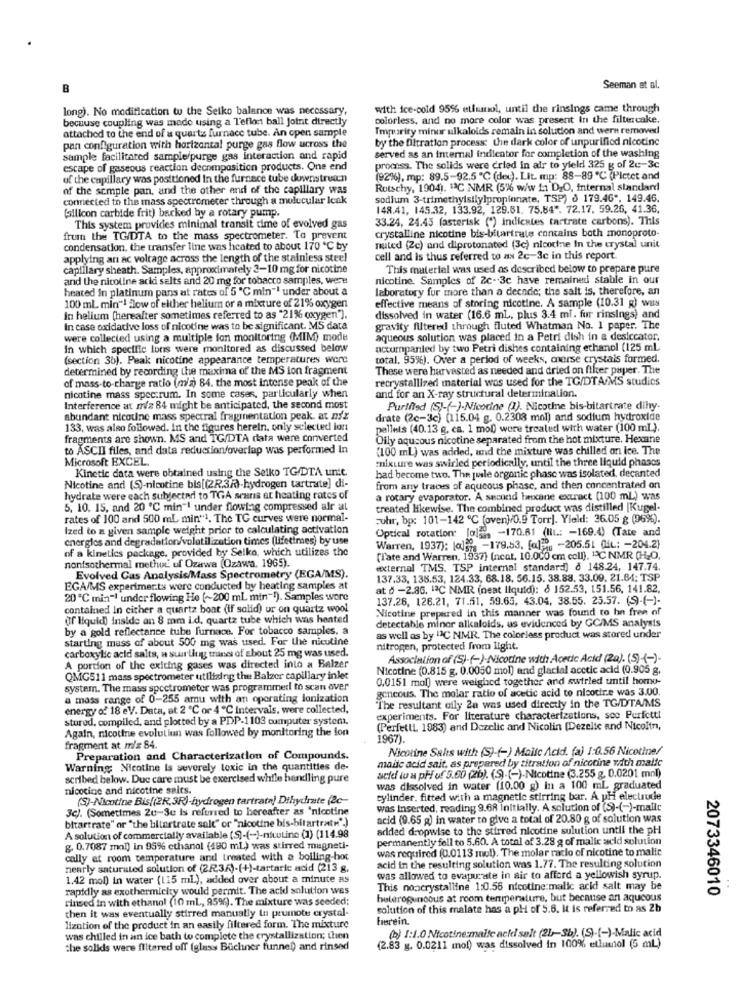
B
Seeman et al.
long). No modification tu the Seiko balance was necessary,
with ice-cold 95% etfsmol, until the rinsings came through
because coupling was made using a l'eflot ball joint directly
colorless, and no more color was present in the filtercake.
attached to the end of a quartz furnace tube. An open sample
Impurity minur alkaloids remain in solution and were removed!
by the filtration process: the dark color of unpurified nicotine
pan configuration with horizontal purge gas flow across the
sample facilitated sample/purge gas interaction and rapid
served as an internal indicator for completion of the washing
escape of gaseous reaction decomposition products. One end
process. The solids were cried in air to yield 325 g of 2c-3c
of the capillary was positioned In the furnace tube downstruan
(92%), mp: 89.5-92.5 ℃ (dec). Lit. mp: 88-89 ℃ (Pictet and
of the simple pan, and the other end of the capillary was
Rotschy, 1904). 13C NMR (5% w/w 11 DzO, internal standard
connected to the mass spectrometer through a molecular Icak
sodium 3-trimethylsilylpropionate, TSP) § 179.46". 149.46.
(allicon carbide frit) backed by a rotary pump.
148.41, 145.32, 133.92, 129.81. 75.84 *. 72.17, 59.26, 41.36.
33.24, 24.45 (asterisk (*) indicates tartrate carbons). This
This system provides minimal transit time of evolved gas
crystalline nicotine bis-bitartrate contains both monoproto-
from the TGIDTA to the mass spectrometer. To prevent
condensation, the transfer line was heated to about 170 ℃ by
nated (Zc) and diprotonated (3c) nicotine In the crystal unit
applying an ac voltage across the length of the stainless steel
cell and is thus referred to as 2c-3c in this report.
capillary sheath. Samples, approximately 2-10 mg for nicotine
This material was used as described below to prepare pure
and the nicoline acidi selts and 20 mg for tobacco samples, were
nicotine. Samples of 2c-3c have remained stable in our
heated in platinum pans at rates of 5 "℃ min"! under about a
laboratory for more than a decade; the salt is, therefore, an
effective means of storing nicotine. A sample (10.31 g) was
100 ml min"! flow of either helium or a mixture of 21% oxygen
In helium [hereafter sometimes referred to as "21% oxygen").
dissolved in water (16.6 mL, plus 3.4 ml. fur rinsings) and
In case oxidative loss of nicotine was to be significant. MS data
gravity filtered through fluted Whatman No. 1 paper. The
were collected using a multiple ion monitoring (MIM) mode
aqueous solution was placed in a Petri dish in a desiccator.
In which specific ions were monitored as discussed below
accurparled by two Petri dishes containing ethanol (125 ml
(section 36). Peak nicotine appearance temperatures werte
total, 95%). Over a period of weeks, morse crystals formed.
determined by recording the maxima of the MS ion fragment
These were harvested as needed and dried on filter paper. The
of mass-to-charge ratio (m'a) 84. the most intense peak of the
recrystallized material was used for the TG/DTA/MS studios
nicotine mass spectrum. In some cases, particularly when
and for an X-ray structural determination.
Interference at miz 84 might be anticipated, the second most
Purified (S)-(-)-Nicotine (1). Nicothe bis-bitartrate dihy-
abundant nicotine mass spectral fragmentation peak, at mix
drate (2c-3c) (115.04 g. 0.2308 mol) and sodium hydroxide
133, was also followed. In the figures herein, only selected lon
pallets (40.13 g. ca. 1 mol) were treated with water (100 ml ).
fragments are shown. MS and TG/DTA data were converted
Oily aqusous nicotine separated from the hot mixture. Hexane
to ASCII files, and data reduccion/overlap was performed In
(100 ml) was added, and the mixture was chilled on Ice. The
Microsoft EXCEL.
mixture was swirled periodically, until the three liquid phases
Kinetic data were obtained using the Seiko TG/DTA unit.
had become two. The jule organic phase was isolated, decanted
Nicotine and (S)-nicotine bis[(2R.3R)-hydrogen tartrate] di-
from any traces of aqueous phase, and then concentrated on
hydrate were each subjected to TGA scans at heating rates of
a rotary evaporator. A second hexane extract (100 ml) was
5. 10. 15, and 20 ℃ min"! under flowing compressed air at
treated likewise. The combined product was distilled [Kugel.
rates of 100 and 500 mL min"1. The TG curves were normal-
uhr, bp: 101-142 ℃ (oven)/0.9 Torr). Yield: 36.05 g (96%).
Ized to a given sample weight prior to calculating activation
Optical rotation: [0]2, - 170.61 (lit .: - 169.4) (Tate and
energles and degradation/volatilization times (lifetimes) by use
of a kinetics package, provided by Selko, which utilizes the
Warren, 1937): [a]=", - 179.53. [a] ,, - 205.51 (iL: - 204.2)
(l'ate and Warren, 1937) (ncot, 10.000 cm coll), "2℃ NMR (H-O,
nonfsothermal method of Ozawa (Ozawa, 1965).
external TMS. TSP internal standard) 8 148.24, 147.74.
Evolved Cas Analysis/Mass Spectrometry (EGA/MS).
137.33, 138.53, 124.33, 68.18. 56.15. 38.88, 33.09, 21.64; TSP
EGA/MS experiments were conducted by heating samples at
at d -2.86, 13℃ NMR (neat liquid): 8 152.53, 151.56, 141.82.
20 ℃ min-1 under flowing He (~200 ml min-1). Samples were
137.26, 126.21, 71.51, 59.65, 43.04, 38.55. 25.57. (9)-(-)-
contained In cither a quartz boat (if solid) ur on quartz wool
Nicotine prepared in this manner was found to be free of
(If liquid) inside an 8 mm id, quartz tube which was hented
detectable miner alkaloids, us evidenced by GC/MS analysis
by a gold reflectance tube furnace. For tobacco samples, a
starting mass of about 500 mg was used. For the nicutine
as well as by "IC NMR. The colorless product was stored under
carboxylic acid salts, u suurting tanes of about 25 mg was used.
nitrogen, protected from light.
Association of (S)-(-) Nicotine with Acede Acid (20). (S) (-)
A portion of the exiting gases was directed into a Balzer
Nicotine (0.815 g. 0.0050 mol) and glacial acetic acid (0.905 g,
QMG511 mass spectrometer utilizing the Balzer capillary inlet
0.0151 mol) were weighed together and swirled until homo-
system. The mass spectrometer was programmed to scan over
geneous. The molar ratio of acetic acid to nicotire was 3.00.
a mass range of 0-255 amu with an operating lonization
energy of 18 eV. Data, at 2 ℃ or 4 ℃ Intervals, were collected,
"The resultant ofly 2a was used directly in the TG/DTA/MS
stured, compiled, and plotted by a PDP-1103 computer system.
experiments. For literature characterizations, soo Perfetti
Again, nicotine evolutiun was followed by monitoring the lon
(Perfetti 1983) and Dozelic and Nicolin (Dezelte and Nicoltri,
1967).
fragment at m'z 84.
Nicotine Sales with (S)-(-) Mailc Acid. (a) 1:0.56 Nicotine/
Preparation and Characterization of Compounds.
malic acid sait, as prepared by titration of nicotine with malic
Warning Nicotine is severely toxic in the quantities de-
scribed below. Due care must be exercised while handling pure
acid tu a pH uf 5.00 (26). (S).(-)-Nicotine (3.255 g. 0.0201 mol)
nicotine and nicotine saits.
was dissolved in water (10.00 g) In a 100 ml graduated
(S)-Nicotine Bis(2R,3R)-hydrogen tartrata) Dihydrate (2c-
cylinder, fitted with a magnetic stirring bar. A. pH electrude
3c). (Sometimes 20-3e is referred to hereafter as 'nicotine
was inserted, reading 9.68 initially. A solution of (S)-(-)-maile
bitartrate" or "the bitartrate salt" or "nicotine bis-bitartrate".)
acid (9.65 g) in water to give a total of 20.80 g of solution was
added dropwise to the stirred nicotine sulution until the pH
A solution of commercially available (S)-(-)-nicutine (1) (114.98
permanently fell to 5.60. A total of 3.28 g of malic acid solution
g. 0.7087 mol) in 95% ethanol (490 mL) was stirred magneti-
was required (0.0113 mol). The molar racio of nicotine to malic
cally at room temperature and treated with a bolling-hot
acid in the resulting solution was 1.77. The resulting solution
nearly saturated solution of (2R.34)-(+)-tartaric acid (213 g,
1.42 mol) in water (115 ml), added over about a minute as
was allowed to evapucate in air to afford a yellowish syrup.
rapidly as exothermicity would permit. The acid solution wes
This noncrystalline 1:0.56 nicotine malic acid salt may be
2073346010
rinsed in with ethanol (10 ml, 95%). The mixture was seeded;
heterogeneous at room temperature, but because ant aqueous
then it was eventually stirred manually In prumote crystal-
solution of this malate has a pH of 5.6. it is referred to as 2b
herein.
lization of the product in an easily filtered form. The mixture
was chilled in an ice bath to complete the crystallization; then
(b) 1:1.0 Nicotine:malte acid salt (2L-3b). (S)-[-)-Malic acid
the solids were filtered off (glass Buchner funnel) and rinsed
(2.83 g. 0.0211 mol) was dissolved in 100% etlinol (5 ml)